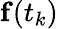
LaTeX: {\mathbf f}(t_{k})